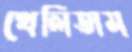
খেলিতাম